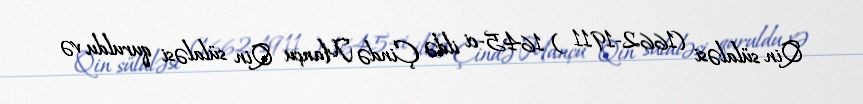
Qin sülaləsi (1662-1911 ) 1645-ci ildə Çində Mançu Qin sülaləsi quruldu və